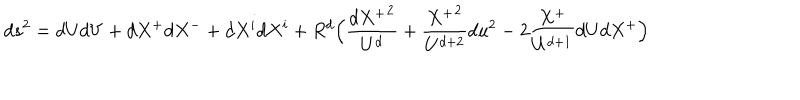
d s ^ { 2 } = d U d V + d X ^ { + } d X ^ { - } + d X ^ { i } d X ^ { i } + R ^ { d } \Big ( \frac { { d X ^ { + } } ^ { 2 } } { U ^ { d } } + \frac { { X ^ { + } } ^ { 2 } } { U ^ { d + 2 } } d u ^ { 2 } - 2 \frac { X ^ { + } } { U ^ { d + 1 } } d U d X ^ { + } \Big )